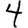
Digit: 4